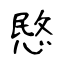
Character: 愍